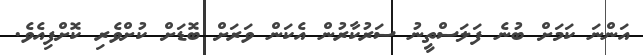
އަންނަ ކަމަށް ބުނެ ފަލަސްތީނު ސަރުކާރުން އެކަން ވަރަށް ބޮޑަށް ކުށްވެރި ކޮށްފިއެވެ.